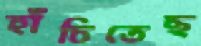
হাঁচিতেছ